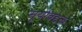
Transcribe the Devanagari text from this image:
सूर्याबद्दल